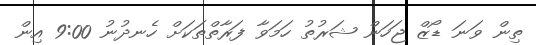
ތިން ވަނަ ޑޯޒް ޖަހަން ޝަރުތު ހަމަވާ ފަރާތްތަކަށް ހެނދުނު 9:00 އިން